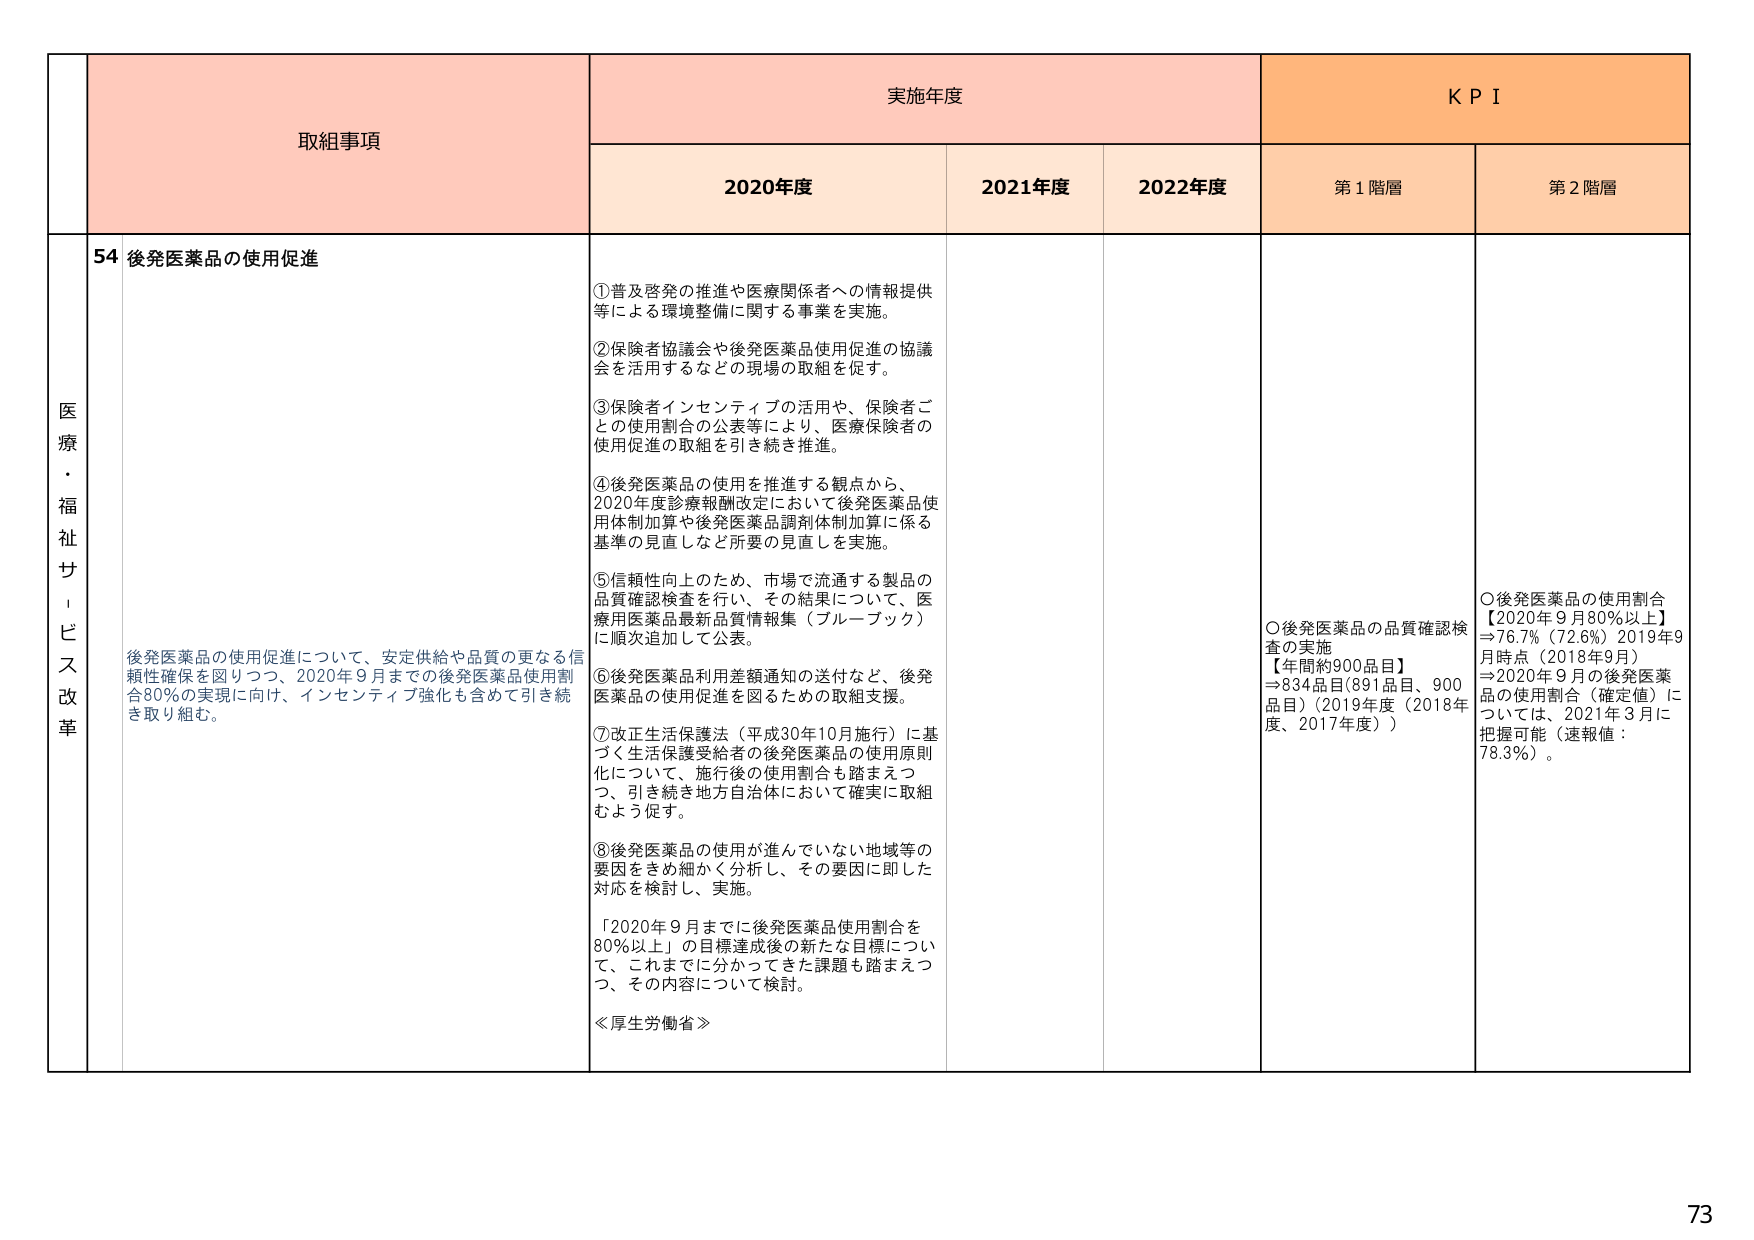
医療・福祉サービス改革

取組事項

実施年度

KPI

2020年度

2021年度

2022年度

第1階層

第2階層

54 後発医薬品の使用促進

後発医薬品の使用促進について、安定供給や品質の更なる信頼性確保を図りつつ、2020年9月までの後発医薬品使用割合80%の実現に向け、インセンティブ強化も含めて引き続き取り組む。

①普及啓発の推進や医療関係者への情報提供等による環境整備に関する事業を実施。

②保険者協議会や後発医薬品使用促進の協議会を活用するなどの現場の取組を促す。

③保険者インセンティブの活用や、保険者ごとの使用割合の公表等により、医療保険者の使用促進の取組を引き続き推進。

④後発医薬品の使用を推進する観点から、2020年度診療報酬改定において後発医薬品使用体制加算や後発医薬品調剤体制加算に係る基準の見直しなど所要の見直しを実施。

⑤信頼性向上のため、市場で流通する製品の品質確認検査を行い、その結果について、医療用医薬品最新品質情報集（ブルーブック）に順次追加して公表。

⑥後発医薬品利用差額通知の送付など、後発医薬品の使用促進を図るための取組支援。

⑦改正生活保護法（平成30年10月施行）に基づく生活保護受給者の後発医薬品の使用原則化について、施行後の使用割合も踏まえつつ、引き続き地方自治体において確実に取組むよう促す。

⑧後発医薬品の使用が進んでいない地域等の要因をきめ細かく分析し、その要因に即した対応を検討し、実施。

「2020年9月までに後発医薬品使用割合を80%以上」の目標達成後の新たな目標について、これまでに分かってきた課題も踏まえつつ、その内容について検討。

≪厚生労働省≫

○後発医薬品の品質確認検査の実施
【年間約900品目】
⇒834品目（891品目、900品目）（2019年度（2018年度、2017年度））

○後発医薬品の使用割合
【2020年9月80%以上】
⇒76.7%（72.6%）2019年9月時点（2018年9月）
⇒2020年9月の後発医薬品の使用割合（確定値）については、2021年3月に把握可能（速報値：78.3%）。

73